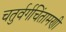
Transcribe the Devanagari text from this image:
चतुर्वर्गचिंतामणी